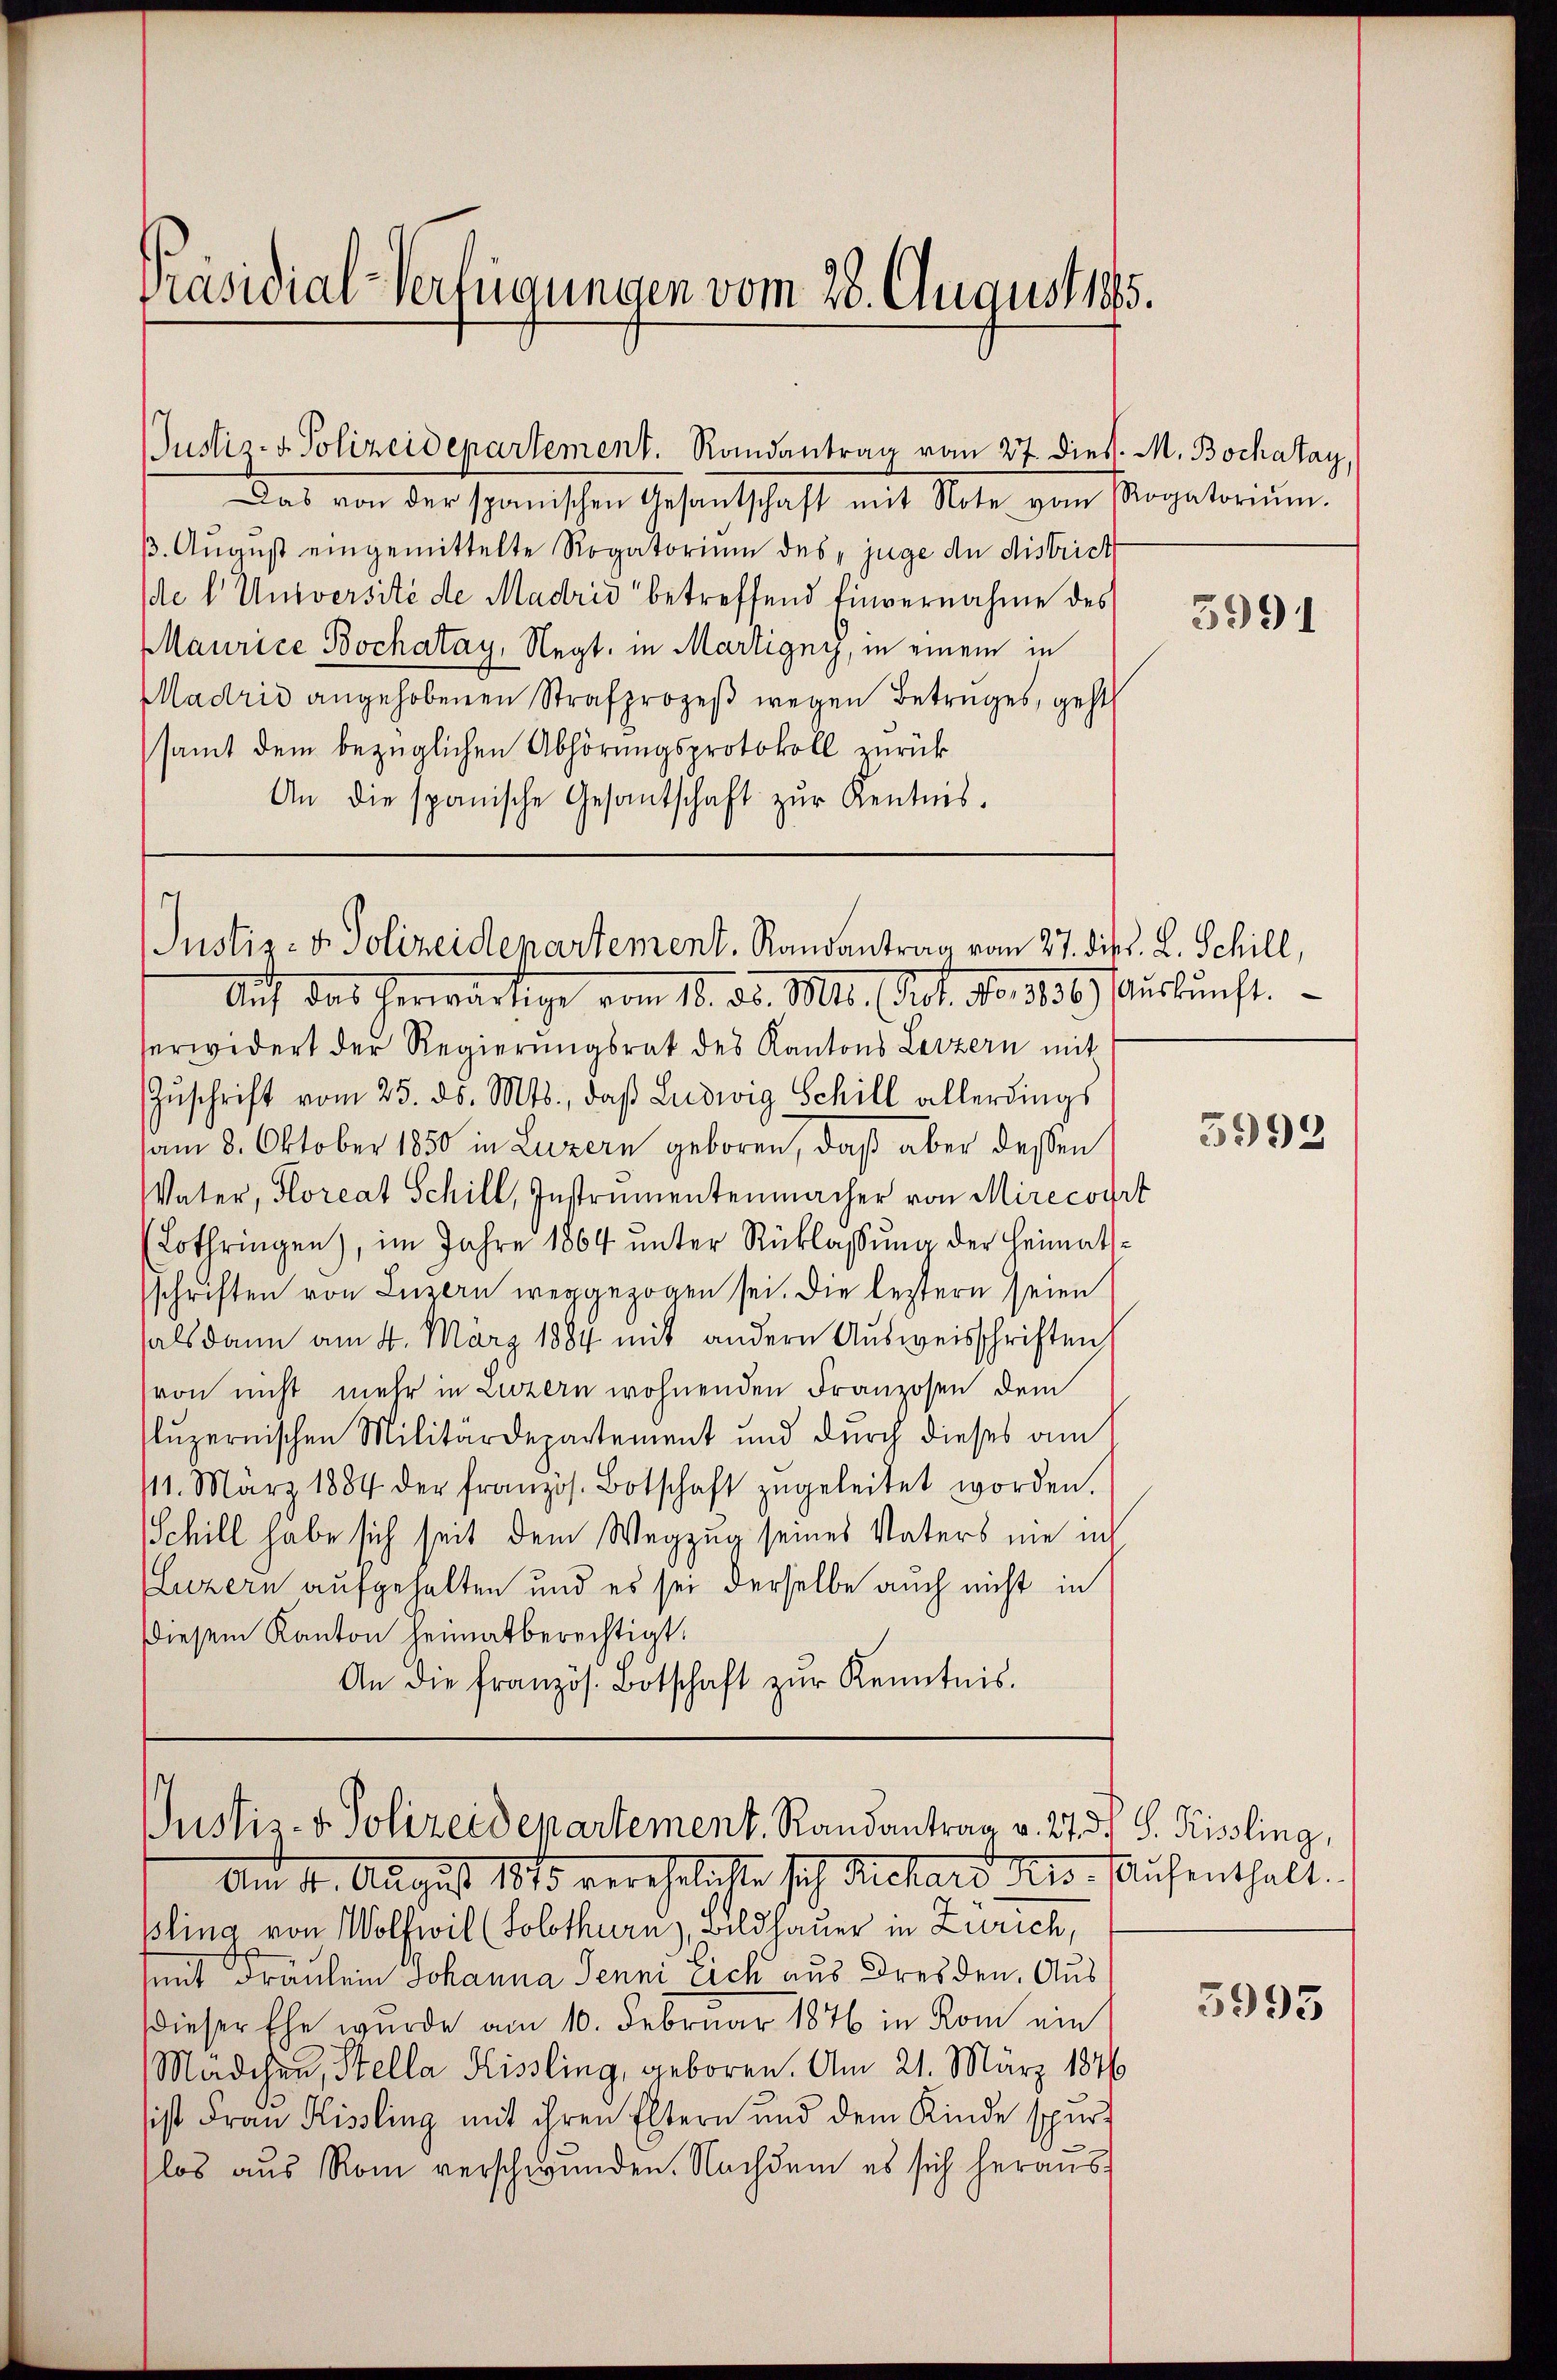
Das von der spanischen Gesantschaft mit Note vom Rogatoriŭm.
p. August eingemittelte Rogatorium des „juge de district
de l. Université de Madrid betreffend Einvernahme des
Maurice Bochatay, Negt. in Martigny, in einem in
Madrid angehobenen Strafprozeß wegen Betruges, geht
samt dem bezüglichen Abhörungsprotokoll zurück
An die spanische Gesantschaft zŭr Kentnis.

Präsidial-Verfügungen vom 28. August 185.

Auf das herwärtige vom 10. ds. Mts. (Abt. No. 130. Auskunft.
serwidert der Regierungsrat des Kantons Lerzern mit
Zŭschrift vom 25. ds. Mts., daβ Ludwig Schill allerdings
am 8. Oktober 1850 in Luzern geboren, daß aber deßen
Vater, Floreat Schill, Instrumentenmacher von Mirecourt
Lothringen), im Jahre 1864 unter Rüklassung der Heimatsschriften von Luzern weggezogen sei. Die leztern seien
(als dann am 4. März 1884 mit andern Ausweisschriften
von nicht mehr in Luzern wohnenden Franzosen dem
luzernischen Militärdepartement und durch dieses am
11. März 1884 der franzos. Botschaft zŭgeleitet worden.
Schill habe sich seit dem Wegzug seines Vaters nie in
(Luzern aufgehalten und es sei derselbe auch nicht in
Diesem Kanton heimatberechtigt.
An die französ. Botschaft zŭr Kenntnis.

Justiz- & Polizeidepartement. Randantrag vom 27. diess. M. Bochatay,

Justiz- & Polizeidepartement. Randantrag vom 27. diss. L. Schill,

Justis-v. Polizeidepartement. Randantrag v. 273. S. Kissling,

Am 11. August 1815 verehelichte Joh. Richard des Aufenthalt.
ßling von Wolfwil (Solothurn), Bildhauer in Zürich,
seit Fräulein Johanna Jenni Eich aus Dresden, Aus
Dieser Ehe wurde am 10. Februar 1876 in Rom ein
Mädchen, Stella Kissling, geboren. Am 21. März 1876
sist Frau Kissling mit ihren Eltern und dem Kinde spur-
los aus Rom verschwunden. Nachdem es sich heraus¬

3991

3993

3995